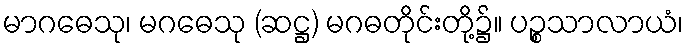
မာဂဓေသု၊ မဂဓေသု (ဆဋ္ဌ) မဂဓတိုင်းတို့၌။ ပဉ္စသာလာယံ၊